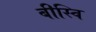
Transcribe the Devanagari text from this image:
बीस्वि